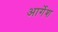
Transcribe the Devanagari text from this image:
आर्गेश